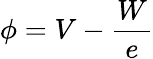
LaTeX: \phi=V-{\frac{W}{e}}